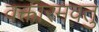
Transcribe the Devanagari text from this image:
वक्तारमवतु